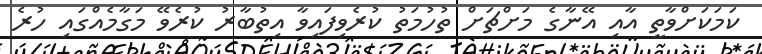
ކަމަކަށްވާތީ އާއި އޭނާގެ މަށްޗަށް ތުހުމަތު ކުރެވިފައިވާ އިތުބާރު ކުރެވޭ މަގާމެއްގައި ހުރެ